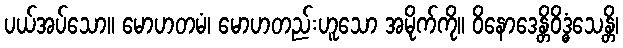
ပယ်အပ်သော။ မောဟတမံ၊ မောဟတည်းဟူသော အမိုက်ကို။ ဝိနောဒေန္တိဝိဒ္ဓံသေန္တိ၊